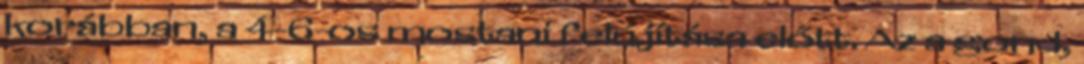
korábban, a 4-6-os mostani felújítása előtt. Az a gond,